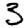
Digit: 3